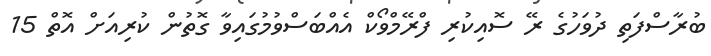
ބުރާސްފަތި ދުވަހުގެ ރޭ ސޮއިކުރި ފްރޭމްވޯކް އެއްބަސްވުމުގައިވާ ގޮތުން ކުރިއަށް އޮތް 15